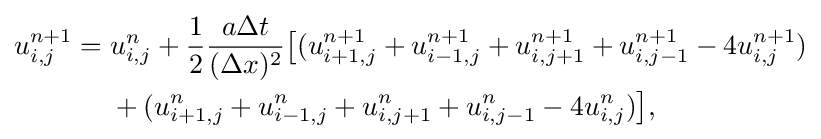
{\begin{aligned}u_{i,j}^{n+1}={}&u_{i,j}^{n}+{\frac {1}{2}}{\frac {a\Delta t}{(\Delta x)^{2}}}{\big [}(u_{i+1,j}^{n+1}+u_{i-1,j}^{n+1}+u_{i,j+1}^{n+1}+u_{i,j-1}^{n+1}-4u_{i,j}^{n+1})\\&+(u_{i+1,j}^{n}+u_{i-1,j}^{n}+u_{i,j+1}^{n}+u_{i,j-1}^{n}-4u_{i,j}^{n}){\big ]},\end{aligned}}